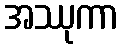
အဿုကာ